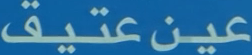
عينعتيق